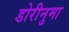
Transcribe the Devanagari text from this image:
डोरीनुमा